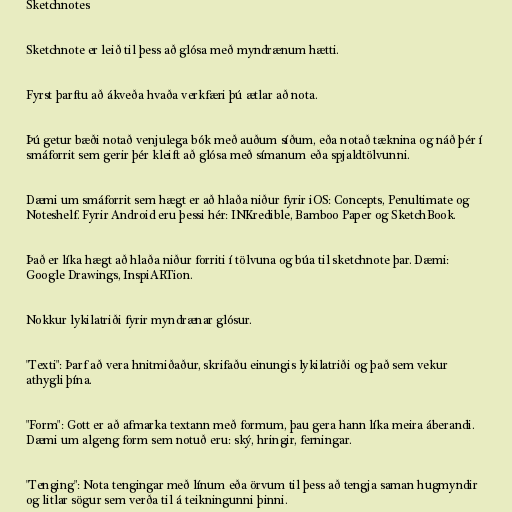
Sketchnotes

Sketchnote er leið til þess að glósa með myndrænum hætti.

Fyrst þarftu að ákveða hvaða verkfæri þú ætlar að nota.

Þú getur bæði notað venjulega bók með auðum síðum, eða notað tæknina og náð þér í
smáforrit sem gerir þér kleift að glósa með símanum eða spjaldtölvunni.

Dæmi um smáforrit sem hægt er að hlaða niður fyrir iOS: Concepts, Penultimate og
Noteshelf. Fyrir Android eru þessi hér: INKredible, Bamboo Paper og SketchBook.

Það er líka hægt að hlaða niður forriti í tölvuna og búa til sketchnote þar. Dæmi:
Google Drawings, InspiARTion.

Nokkur lykilatriði fyrir myndrænar glósur.

"Texti": Þarf að vera hnitmiðaður, skrifaðu einungis lykilatriði og það sem vekur
athygli þína.

"Form": Gott er að afmarka textann með formum, þau gera hann líka meira áberandi.
Dæmi um algeng form sem notuð eru: ský, hringir, ferningar.

"Tenging": Nota tengingar með línum eða örvum til þess að tengja saman hugmyndir
og litlar sögur sem verða til á teikningunni þinni.